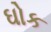
ઘોક